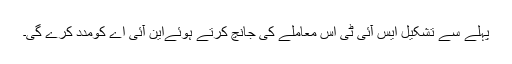
پہلے سے تشکیل ایس آئی ٹی اس معاملے کی جانچ کرتے ہوئےاین آئی اے کومدد کرے گی۔